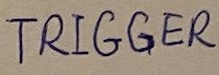
Text: TRIGGER